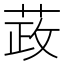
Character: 𰱞